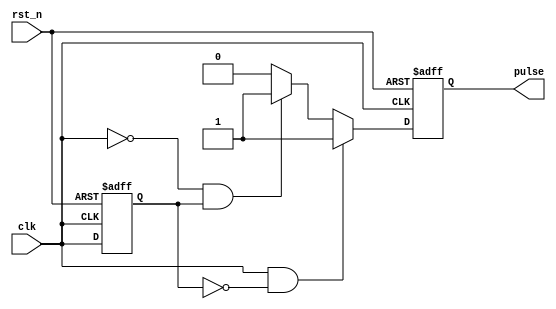
module pulse_edge_detector (
    input wire clk,          // Input signal
    input wire rst_n,       // Active low reset
    output reg pulse        // Output pulse
);

// Internal signal to hold the previous state of the input signal
reg previous_state;

// Edge detection logic
always @(posedge clk or negedge rst_n) begin
    if (!rst_n) begin
        previous_state <= 1'b0; // Reset previous state
        pulse <= 1'b0;          // Reset pulse output
    end else begin
        // Edge detection logic
        if (clk && !previous_state) begin
            // Rising edge detected
            pulse <= 1'b1; // Generate pulse
        end else if (!clk && previous_state) begin
            // Falling edge detected
            pulse <= 1'b1; // Generate pulse
        end else begin
            pulse <= 1'b0; // No edge detected
        end
        
        // Update previous state
        previous_state <= clk;
    end
end

endmodule